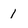
Character: 1